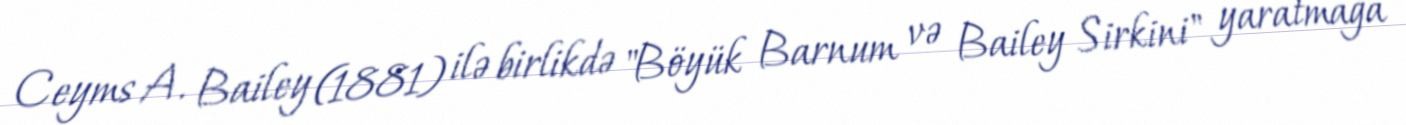
Ceyms A. Bailey (1881) ilə birlikdə "Böyük Barnum və Bailey Sirkini" yaratmağa